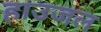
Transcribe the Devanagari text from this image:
हाउजल